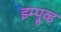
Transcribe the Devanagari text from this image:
इम्प्रूव्ड